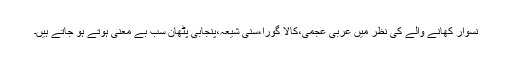
نسوار کھانے والے کی نظر میں عربی عجمی،کالا گورا،سنی شیعہ،پنجابی پٹھان سب بے معنی ہوتے ہو جاتے ہیں۔